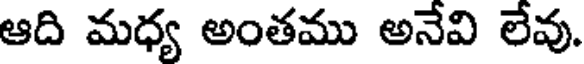
ఆది మధ్య అంతము అనేవి లేవు.